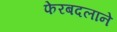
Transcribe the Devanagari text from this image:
फेरबदलाने